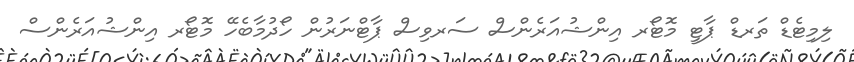
ލިމިޓެޑް ތަރޑް ޕާޓީ މޮޓޯރ އިންޝުއަރެންސް ސަރވިސް ޕާޓްނަރުން ހޯދުމާބެހޭ މޮޓޯރ އިންޝުއަރެންސް